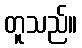
တူသည်။